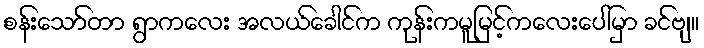
စန်းသော်တာ ရွာကလေး အလယ်ခေါင်က ကုန်းကမူမြင့်ကလေးပေါ်မှာ ခင်ဗျ။